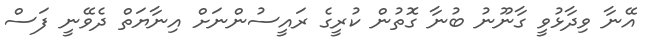
އޭނާ ވިދާޅުވީ ގާނޫނު ބުނާ ގޮތުން ކުރީގެ ރައީސުންނަށް އިނާޔަތް ދެވޭނީ ފަސް